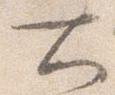
大